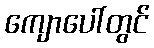
ကျောပေါ်တွင်